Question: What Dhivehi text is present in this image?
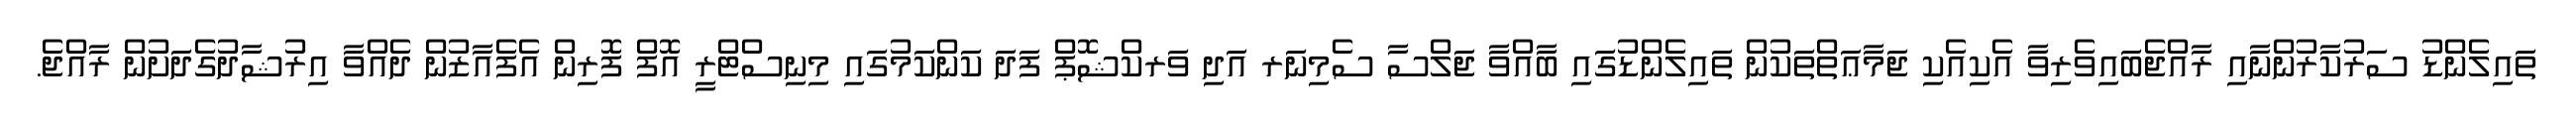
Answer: ތައިލެންޑު ސަރުކާރުންނާއި ރާއްޖެބައިވެރިވާ އެކިއެކި ޖަމާޢަތްތަކުން ތައިލެންޑުގައި ބާއްވާ ޖަލްސާ ސެމިނަރ އަދި ވަރކްޝޮޕް ފަދަ ކަންކަމުގައި މިނިސްޓްރީ އޮފް ފޮރިން އެފެއާޒުން ދެއްވާ އިރުޝާދުގެދަށުން ރާއްޖެ.